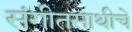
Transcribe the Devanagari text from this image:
संगीतसाथीचे